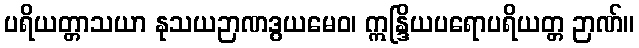
ပရိယတ္တာသယာ နုသယဉာဏဒွယမေဝ၊ ဣန္ဒြိယပရောပရိယတ္တ ဉာဏ်။